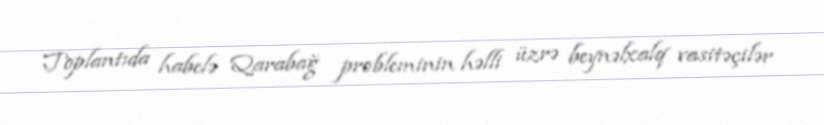
Toplantıda habelə Qarabağ probleminin həlli üzrə beynəlxalq vasitəçilər